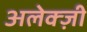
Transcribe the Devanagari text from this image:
अलेक्ज़ी